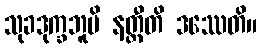
သုခဒုက္ခဘူမိ နတ္ထီတိ ဒဿေတိ။